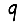
Digit: 9